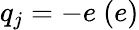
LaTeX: q_{j}=-e~(e)